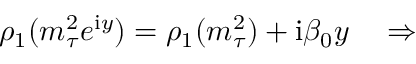
\rho _ { 1 } ( m _ { \tau } ^ { 2 } e ^ { \mathrm { i } y } ) = \rho _ { 1 } ( m _ { \tau } ^ { 2 } ) + \mathrm { i } \beta _ { 0 } y \quad \Rightarrow